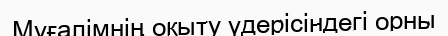
Мұғалімнің оқыту үдерісіндегі орны